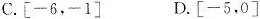
C.[-6，-1] D.[-5，0]